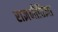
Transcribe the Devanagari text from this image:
राज्ञनीतिज्ञा